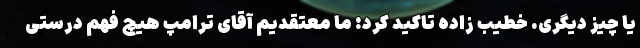
یا چیز دیگری. خطیب زاده تاکید کرد: ما معتقدیم آقای ترامپ هیچ فهم درستی